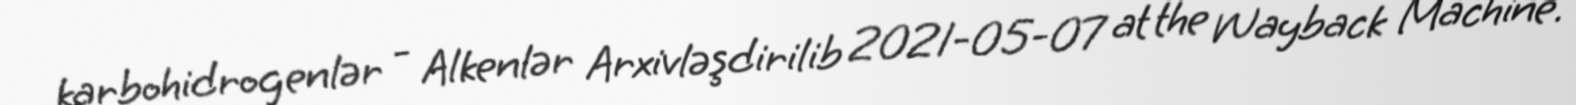
karbohidrogenlər - Alkenlər Arxivləşdirilib 2021-05-07 at the Wayback Machine.